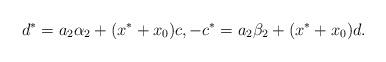
LaTeX: \begin{align*}d^*=a_2\alpha_2+(x^*+x_0)c,-c^*=a_2\beta_2+(x^*+x_0)d.\end{align*}